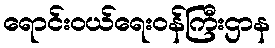
ရောင်းဝယ်ရေးဝန်ကြီးဌာန